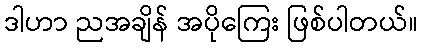
ဒါဟာ ညအချိန် အပိုကြေး ဖြစ်ပါတယ်။